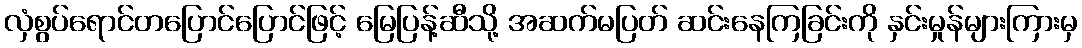
လှံစွပ်ရောင်တပြောင်ပြောင်ဖြင့် မြေပြန့်ဆီသို့ အဆက်မပြတ် ဆင်းနေကြခြင်းကို နှင်းမှုန်များကြားမှ